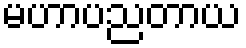
မဟာပညတာယ